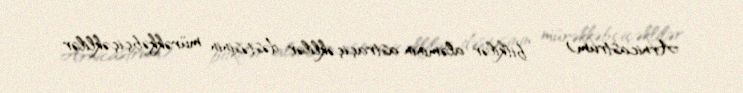
Arnicastrum) — bitkilər aləminin astraçiçəklilər dəstəsinin mürəkkəbçiçəklilər